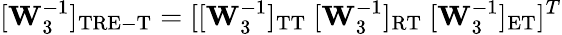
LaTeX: [\mathbf{W}_{3}^{-1}]_{\mathrm{TRE-T}}=[[\mathbf{W}_{3}^{-1}]_{\mathrm{TT}}\ [\mathbf{W}_{3}^{-1}]_{\mathrm{RT}}\ [\mathbf{W}_{3}^{-1}]_{\mathrm{ET}}]^{T}